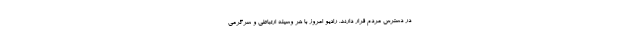
در دسترس مردم قرار دارند. رادیو امروز با هر وسیله ارتباطی و سرگرمی